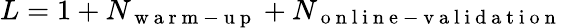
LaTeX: L=1+N_{\mathrm{~w~a~r~m~-~u~p~}}+N_{\mathrm{~o~n~l~i~n~e~-~v~a~l~i~d~a~t~i~o~n~}}